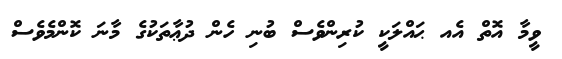
ވީމާ އޮތް އެއ ޙައްލަކީ ކުރިންވެސް ބުނި ހެން ދުޢާތަކުގެ މާނަ ކޮންމެވެސް